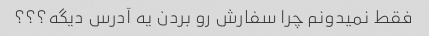
فقط نمیدونم چرا سفارش رو بردن یه آدرس دیگه؟؟؟